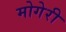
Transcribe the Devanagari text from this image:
मोगेरी